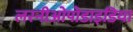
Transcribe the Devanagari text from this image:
लरनीओपोडाइडिया